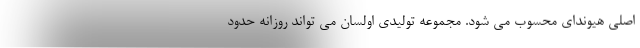
اصلی هیوندای محسوب می شود. مجموعه تولیدی اولسان می تواند روزانه حدود